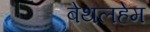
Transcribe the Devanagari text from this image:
बेथलहेम